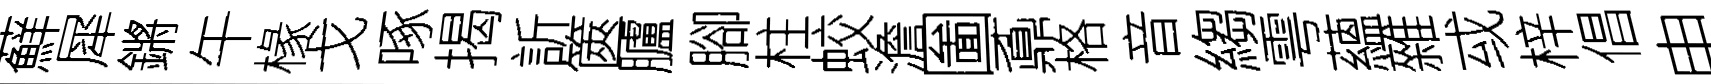
蘚犀鏘午椽戈啄揭訢篋臚腳柱蛟澹圗鼒格音縐雩蘊雜㦯梓倡申